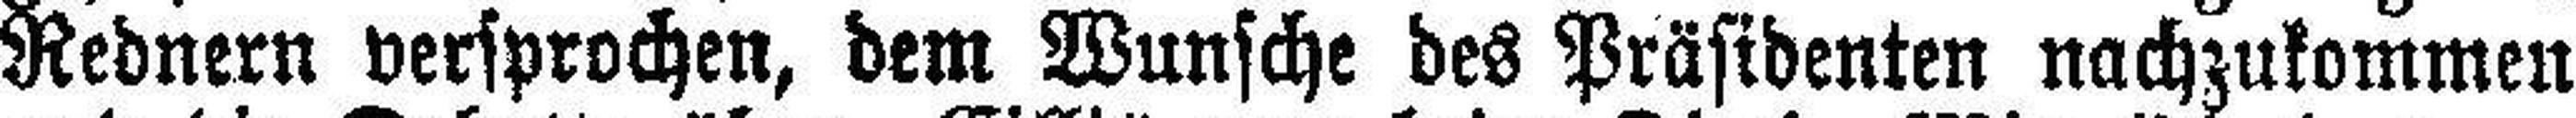
Rednern versprochen, dem Wunsche des Präsidenten nachzukommen